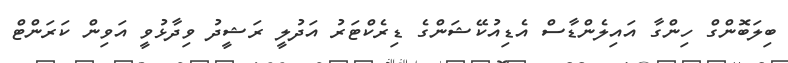
ބިލަބޮންގް ހިންގާ އައިލެންޑާސް އެޑިއުކޭޝަންގެ ޑިރެކްޓަރު އަދުލީ ރަޝީދު ވިދާޅުވީ އަވިން ކަރަންޓް